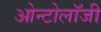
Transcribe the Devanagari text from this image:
ओन्टोलॉजी